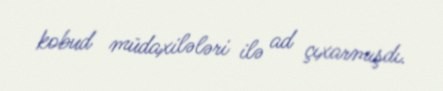
kobud müdaxilələri ilə ad çıxarmışdı.